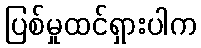
ပြစ်မှုထင်ရှားပါက